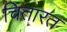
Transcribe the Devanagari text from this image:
चितारत